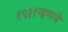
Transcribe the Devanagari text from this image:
१९३१म्हणजे